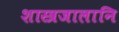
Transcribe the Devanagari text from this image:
शास्त्रजालानि